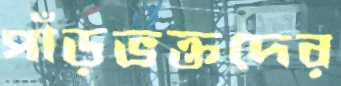
পাঁড়ভক্তদের